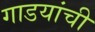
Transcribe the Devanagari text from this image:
गाडयांची